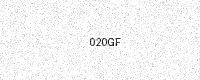
Text: 020GF